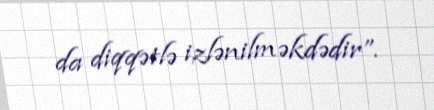
da diqqətlə izlənilməkdədir”.